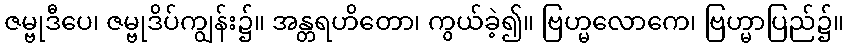
ဇမ္ဗုဒီပေ၊ ဇမ္ဗုဒိပ်ကျွန်း၌။ အန္တရဟိတော၊ ကွယ်ခဲ့၍။ ဗြဟ္မလောကေ၊ ဗြဟ္မာပြည်၌။